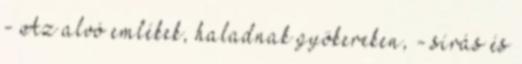
- Az alvó emlékek, haladnak gyökereken, - sírás és